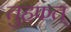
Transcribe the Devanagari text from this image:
तुहफत्